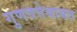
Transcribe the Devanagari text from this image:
गुणवत्तेबाबत